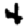
Digit: 4